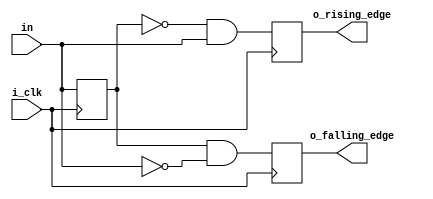
module edge_detector(i_clk, in, o_rising_edge, o_falling_edge);

    input i_clk;
    input in;
    output o_rising_edge;
    output o_falling_edge;

    reg in_q;

    always @(posedge i_clk) 
    begin
        in_q <= in;
    end

    always @(posedge i_clk) 
    begin
        o_rising_edge <= !in_q && in;
        o_falling_edge <= in_q && !in;
    end
endmodule